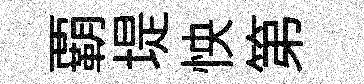
覇堤怏第